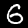
Label: 6